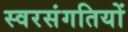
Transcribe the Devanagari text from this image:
स्वरसंगतियों